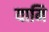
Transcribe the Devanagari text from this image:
यामि